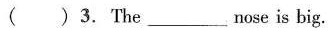
()3. The ___ nose is big.